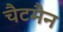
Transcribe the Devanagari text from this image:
चैटमैन